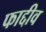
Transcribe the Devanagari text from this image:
फाद्दीव